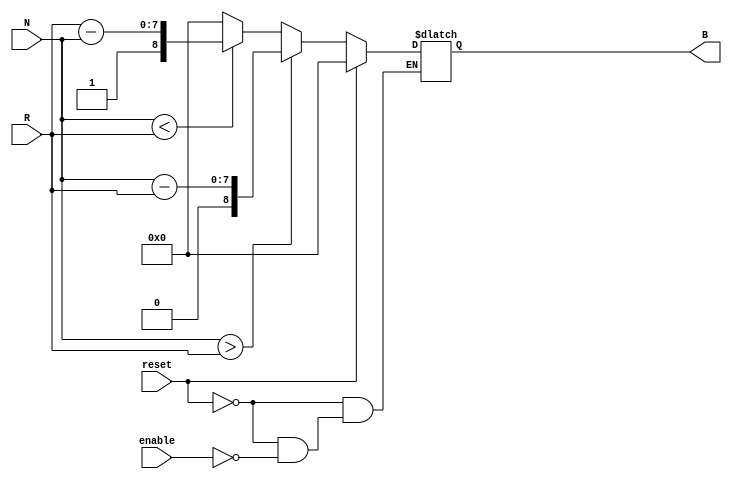
module RelativeEncoder #(
    parameter N_BITS = 8,  // Number of bits for position inputs
    parameter B_BITS = N_BITS + 1 // Output bits (1 extra for sign)
)(
    input wire [N_BITS-1:0] N,      // Current position input
    input wire [N_BITS-1:0] R,      // Reference position input
    input wire reset,                // Reset signal
    input wire enable,               // Enable signal
    output reg [B_BITS-1:0] B       // Binary output
);

    always @(*) begin
        if (reset) begin
            B = 0; // Reset output to zero
        end else if (enable) begin
            if (N > R) begin
                B = {1'b0, N - R}; // Positive relative position
            end else if (N < R) begin
                B = {1'b1, R - N}; // Negative relative position
            end else begin
                B = {1'b0, 0}; // No change
            end
        end else begin
            B = B; // Maintain current output if not enabled
        end
    end

endmodule